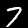
Label: 7